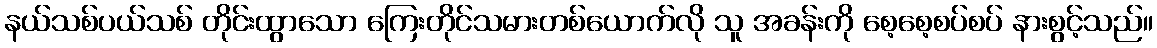
နယ်သစ်ပယ်သစ် တိုင်းထွာသော ကြေးတိုင်သမားတစ်ယောက်လို သူ အခန်းကို စေ့စေ့စပ်စပ် နားစွင့်သည်။